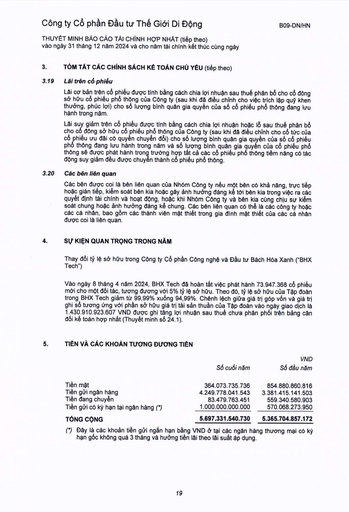
||Số cuối năm|VND Số đầu năm| |---|---|---| |Tiền mặt|364.073.735.736|854.880.860.816| |Tiền gửi ngân hàng|4.249.778.041.543|3.381.415.141.503| |Tiền đang chuyển|83.479.763.451|559.340.580.903| |Tiền gửi có kỳ hạn tại ngân hàng (*)|1.000.000.000.000|570.068.273.950| |TỔNG CỘNG|5.697.331.540.730|5.365.704.857.172|